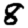
Digit: 8